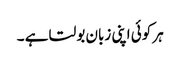
ہر کوئی اپنی زبان بولتا ہے ۔